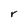
Character: r